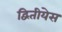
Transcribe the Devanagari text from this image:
द्वितीयेस